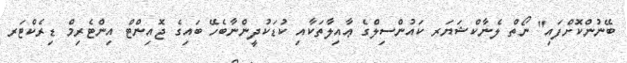
ބޭނުންކޮށްފައި" ނޯތް ލެނާކްޝަޔަރ ކައުންސިލްގެ ޢާއިލާތަކާއި ކުޑަކުދީންނާބެހޭ ބައިގެ ޖޮއިންޓް އިންޓެރިމް ޑިރެކްޓަރ